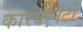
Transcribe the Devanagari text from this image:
कारबोनेटों